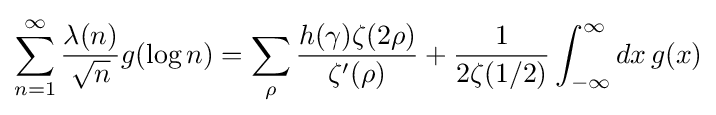
\sum _{n=1}^{\infty }{\frac {\lambda (n)}{\sqrt {n}}}g(\log n)=\sum _{\rho }{\frac {h(\gamma )\zeta (2\rho )}{\zeta '(\rho )}}+{\frac {1}{2\zeta (1/2)}}\int _{-\infty }^{\infty }dx\,g(x)